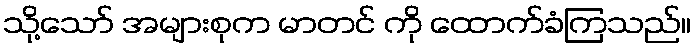
သို့သော် အများစုက မာတင် ကို ထောက်ခံကြသည်။